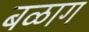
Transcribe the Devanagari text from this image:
बळाग